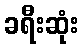
ခရီးဆုံး